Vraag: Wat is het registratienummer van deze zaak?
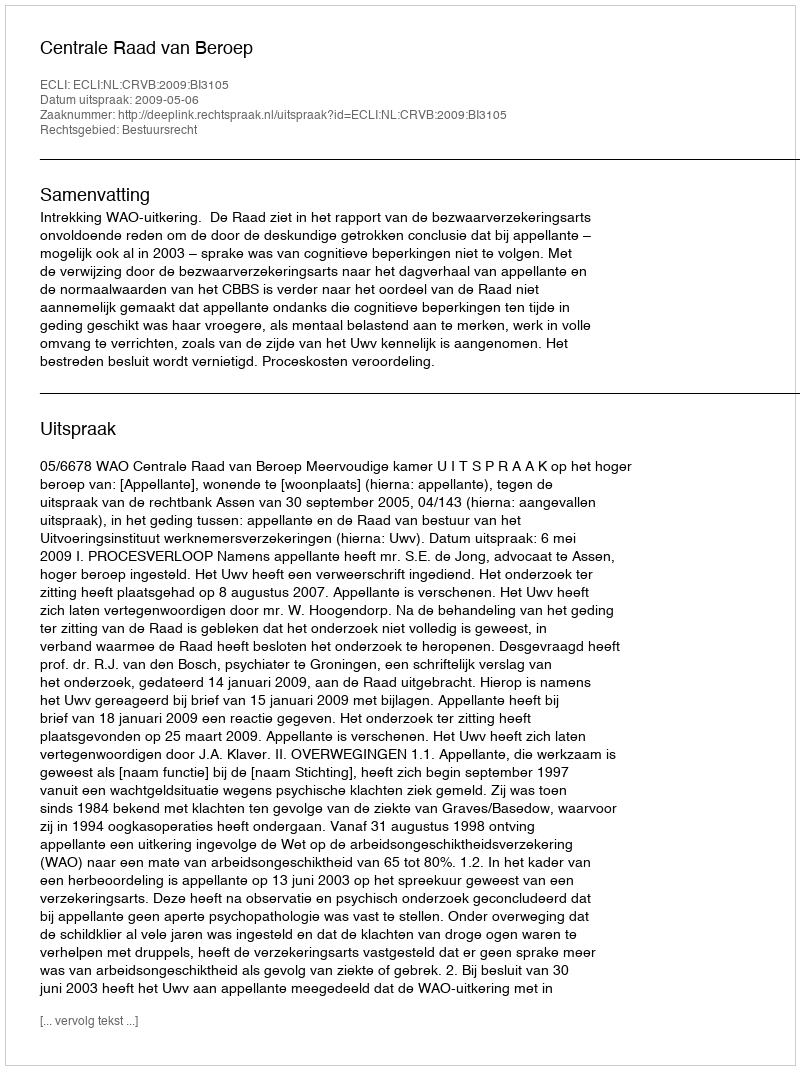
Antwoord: http://deeplink.rechtspraak.nl/uitspraak?id=ECLI:NL:CRVB:2009:BI3105